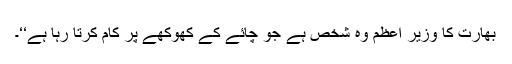
بھارت کا وزیر اعظم وہ شخص ہے جو چائے کے کھوکھے پر کام کرتا رہا ہے‘‘۔